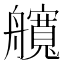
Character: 𦪻